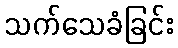
သက်သေခံခြင်း